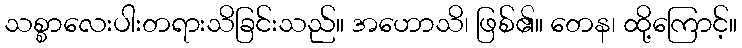
သစ္စာလေးပါးတရားသိခြင်းသည်။ အဟောသိ၊ ဖြစ်၏။ တေန၊ ထို့ကြောင့်။